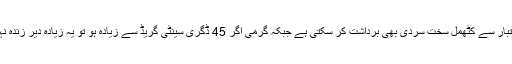
موسم کے اعتبار سے کٹھمل سخت سردی بھی برداشت کر سکتی ہے جبکہ گرمی اگر 45 ڈگری سینٹی گریڈ سے زیادہ ہو تو یہ زیادہ دیر زندہ نہیں رہ پاتے ۔